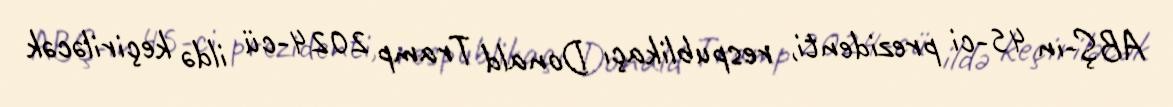
ABŞ-ın 45-ci prezidenti, respublikaçı Donald Tramp 2024-cü ildə keçiriləcək